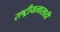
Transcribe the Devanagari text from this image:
राष्ट्रीयत्वासाठी